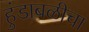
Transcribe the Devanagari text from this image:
हुंडाबळीचा